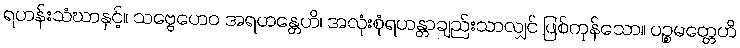
ရဟန်းသံဃာနှင့်။ သဗ္ဗေဟေဝ အရဟန္တေဟိ၊ အလုံးစုံရဟန္တာချည်းသာလျှင် ဖြစ်ကုန်သော။ ပဉ္စမတ္တေဟိ